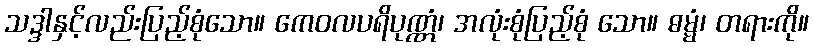
သဒ္ဒါနှင့်လည်းပြည့်စုံသော။ ကေဝလပရိပုဏ္ဏံ၊ အလုံးစုံပြည့်စုံ သော။ ဓမ္မံ၊ တရားကို။